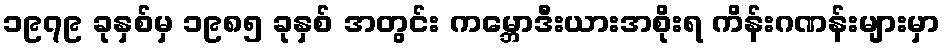
၁၉၇၉ ခုနှစ်မှ ၁၉၈၅ ခုနှစ် အတွင်း ကမ္ဘောဒီးယားအစိုးရ ကိန်းဂဏန်းများမှာ